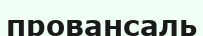
провансаль